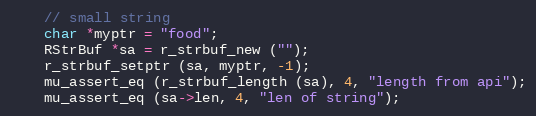
Language: C
	// small string
	char *myptr = "food";
	RStrBuf *sa = r_strbuf_new ("");
	r_strbuf_setptr (sa, myptr, -1);
	mu_assert_eq (r_strbuf_length (sa), 4, "length from api");
	mu_assert_eq (sa->len, 4, "len of string");